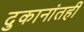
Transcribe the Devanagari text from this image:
दुकानांतही